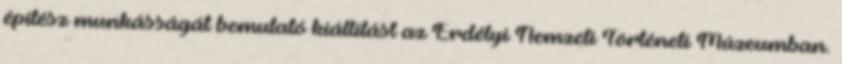
építész munkásságát bemutató kiállítást az Erdélyi Nemzeti Történeti Múzeumban.